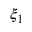
\xi _ { 1 }